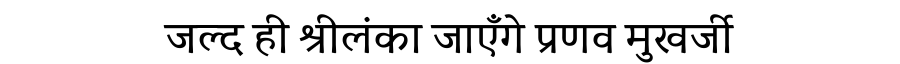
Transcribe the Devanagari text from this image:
जल्द ही श्रीलंका जाएँगे प्रणव मुखर्जी